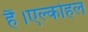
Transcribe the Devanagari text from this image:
हैं।एल्कोहल